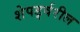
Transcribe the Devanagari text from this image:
शेपर्ड्वरील